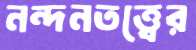
নন্দনতত্ত্বের